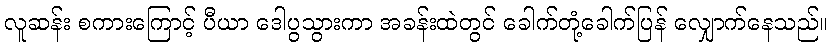
လူဆန်း စကားကြောင့် ပီယာ ဒေါပွသွားကာ အခန်းထဲတွင် ခေါက်တုံ့ခေါက်ပြန် လျှောက်နေသည်။